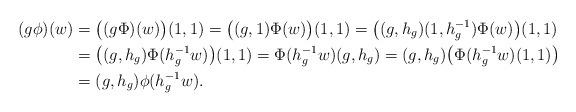
LaTeX: \begin{align*} (g\phi)(w)&=\bigl((g\Phi)(w)\bigr)(1,1)=\bigl((g,1)\Phi(w)\bigr)(1,1)=\bigl((g,h_g)(1,h_g^{-1})\Phi(w)\bigr)(1,1)\\ &=\bigl((g,h_g)\Phi(h_g^{-1}w)\bigr)(1,1)=\Phi(h_g^{-1}w)(g,h_g)=(g,h_g)\bigl(\Phi(h_g^{-1}w)(1,1)\bigr)\\ &=(g,h_g)\phi(h_g^{-1}w). \end{align*}